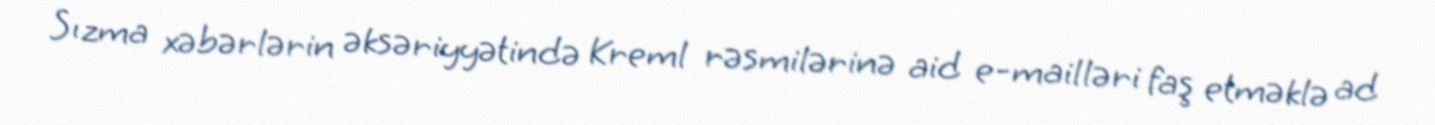
Sızma xəbərlərin əksəriyyətində Kreml rəsmilərinə aid e-mailləri faş etməklə ad